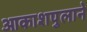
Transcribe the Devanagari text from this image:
आकाशपुलाने